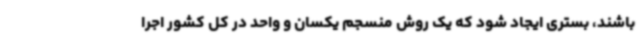
باشند، بستری ایجاد شود که یک روش منسجم یکسان و واحد در کل کشور اجرا